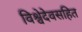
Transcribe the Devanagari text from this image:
विश्वेदेवसहित